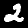
Label: 2